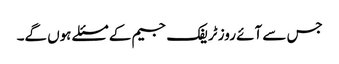
جس سے آئے روز ٹریفک جیم کے مسئلے ہوں گے۔